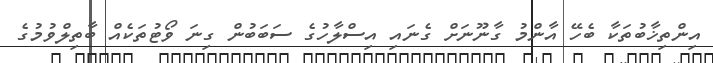
އިންތިޚާބުތަކާ ބެހޭ އާންމު ގާނޫނަށް ގެނައި އިސްލާހުގެ ސަބަބުން ގިނަ ވޯޓުތަކެއް ބާތިލްވުމުގެ